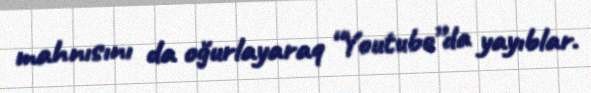
mahnısını da oğurlayaraq “Youtube”da yayıblar.